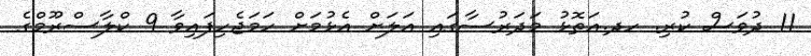
11 ދުވަސް ކުރި. ހދ.އަތޮޅު މަދަރުސާގައި އަލަށް އެޅުމަށް ހަމަޖެހިފައިވާ 9 ކްލާސްރޫމްގެ